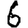
Digit: 6